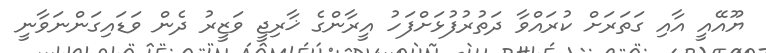
ޔޫއޭއީ އާއި ގަތަރަށް ކުރައްވާ ދަތުރުފުޅަށްފަހު އީރާންގެ ޚާރިޖީ ވަޒީރު ދެން ވަޑައިގަންނަވާނީ